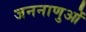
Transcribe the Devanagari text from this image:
जननाणुओं